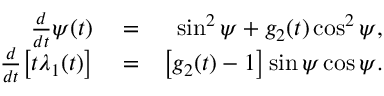
\begin{array} { r l r } { \frac { d } { d t } \psi ( t ) } & { { } = } & { \sin ^ { 2 } { \psi } + g _ { 2 } ( t ) \cos ^ { 2 } { \psi } , } \\ { \frac { d } { d t } \big [ t \lambda _ { 1 } ( t ) \big ] } & { { } = } & { \big [ g _ { 2 } ( t ) - 1 \big ] \sin { \psi } \cos { \psi } . } \end{array}